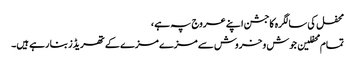
محفل کی سالگرہ کاجشن اپنے عروج پہ ہے ،
تمام محفلین جوش و خروش سے مزے مزے کے تھریڈز بنا رہے ہیں۔